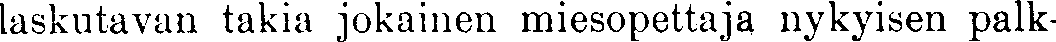
laskutavan takia jokainen miesopettaja nykyisen palk-